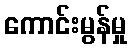
ကောင်းမွန်မှု